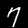
Digit: 7